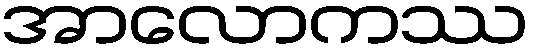
အာလောကဿ